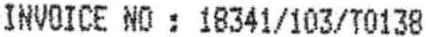
INVOICE NO : 18341/103/T0138